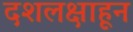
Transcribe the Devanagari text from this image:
दशलक्षाहून